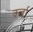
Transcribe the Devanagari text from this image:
कर्बा